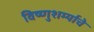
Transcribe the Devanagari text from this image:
विष्णुशर्म्याचे